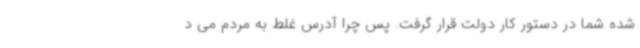
شده شما در دستور کار دولت قرار گرفت. پس چرا آدرس غلط به مردم می د